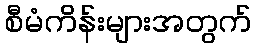
စီမံကိန်းများအတွက်